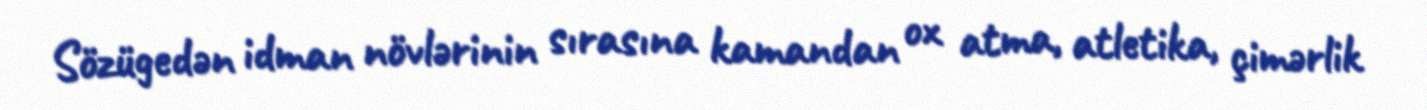
Sözügedən idman növlərinin sırasına kamandan ox atma, atletika, çimərlik